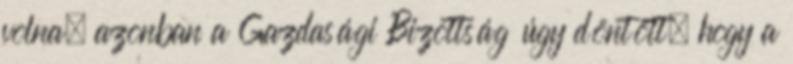
volna, azonban a Gazdasági Bizottság úgy döntött, hogy a